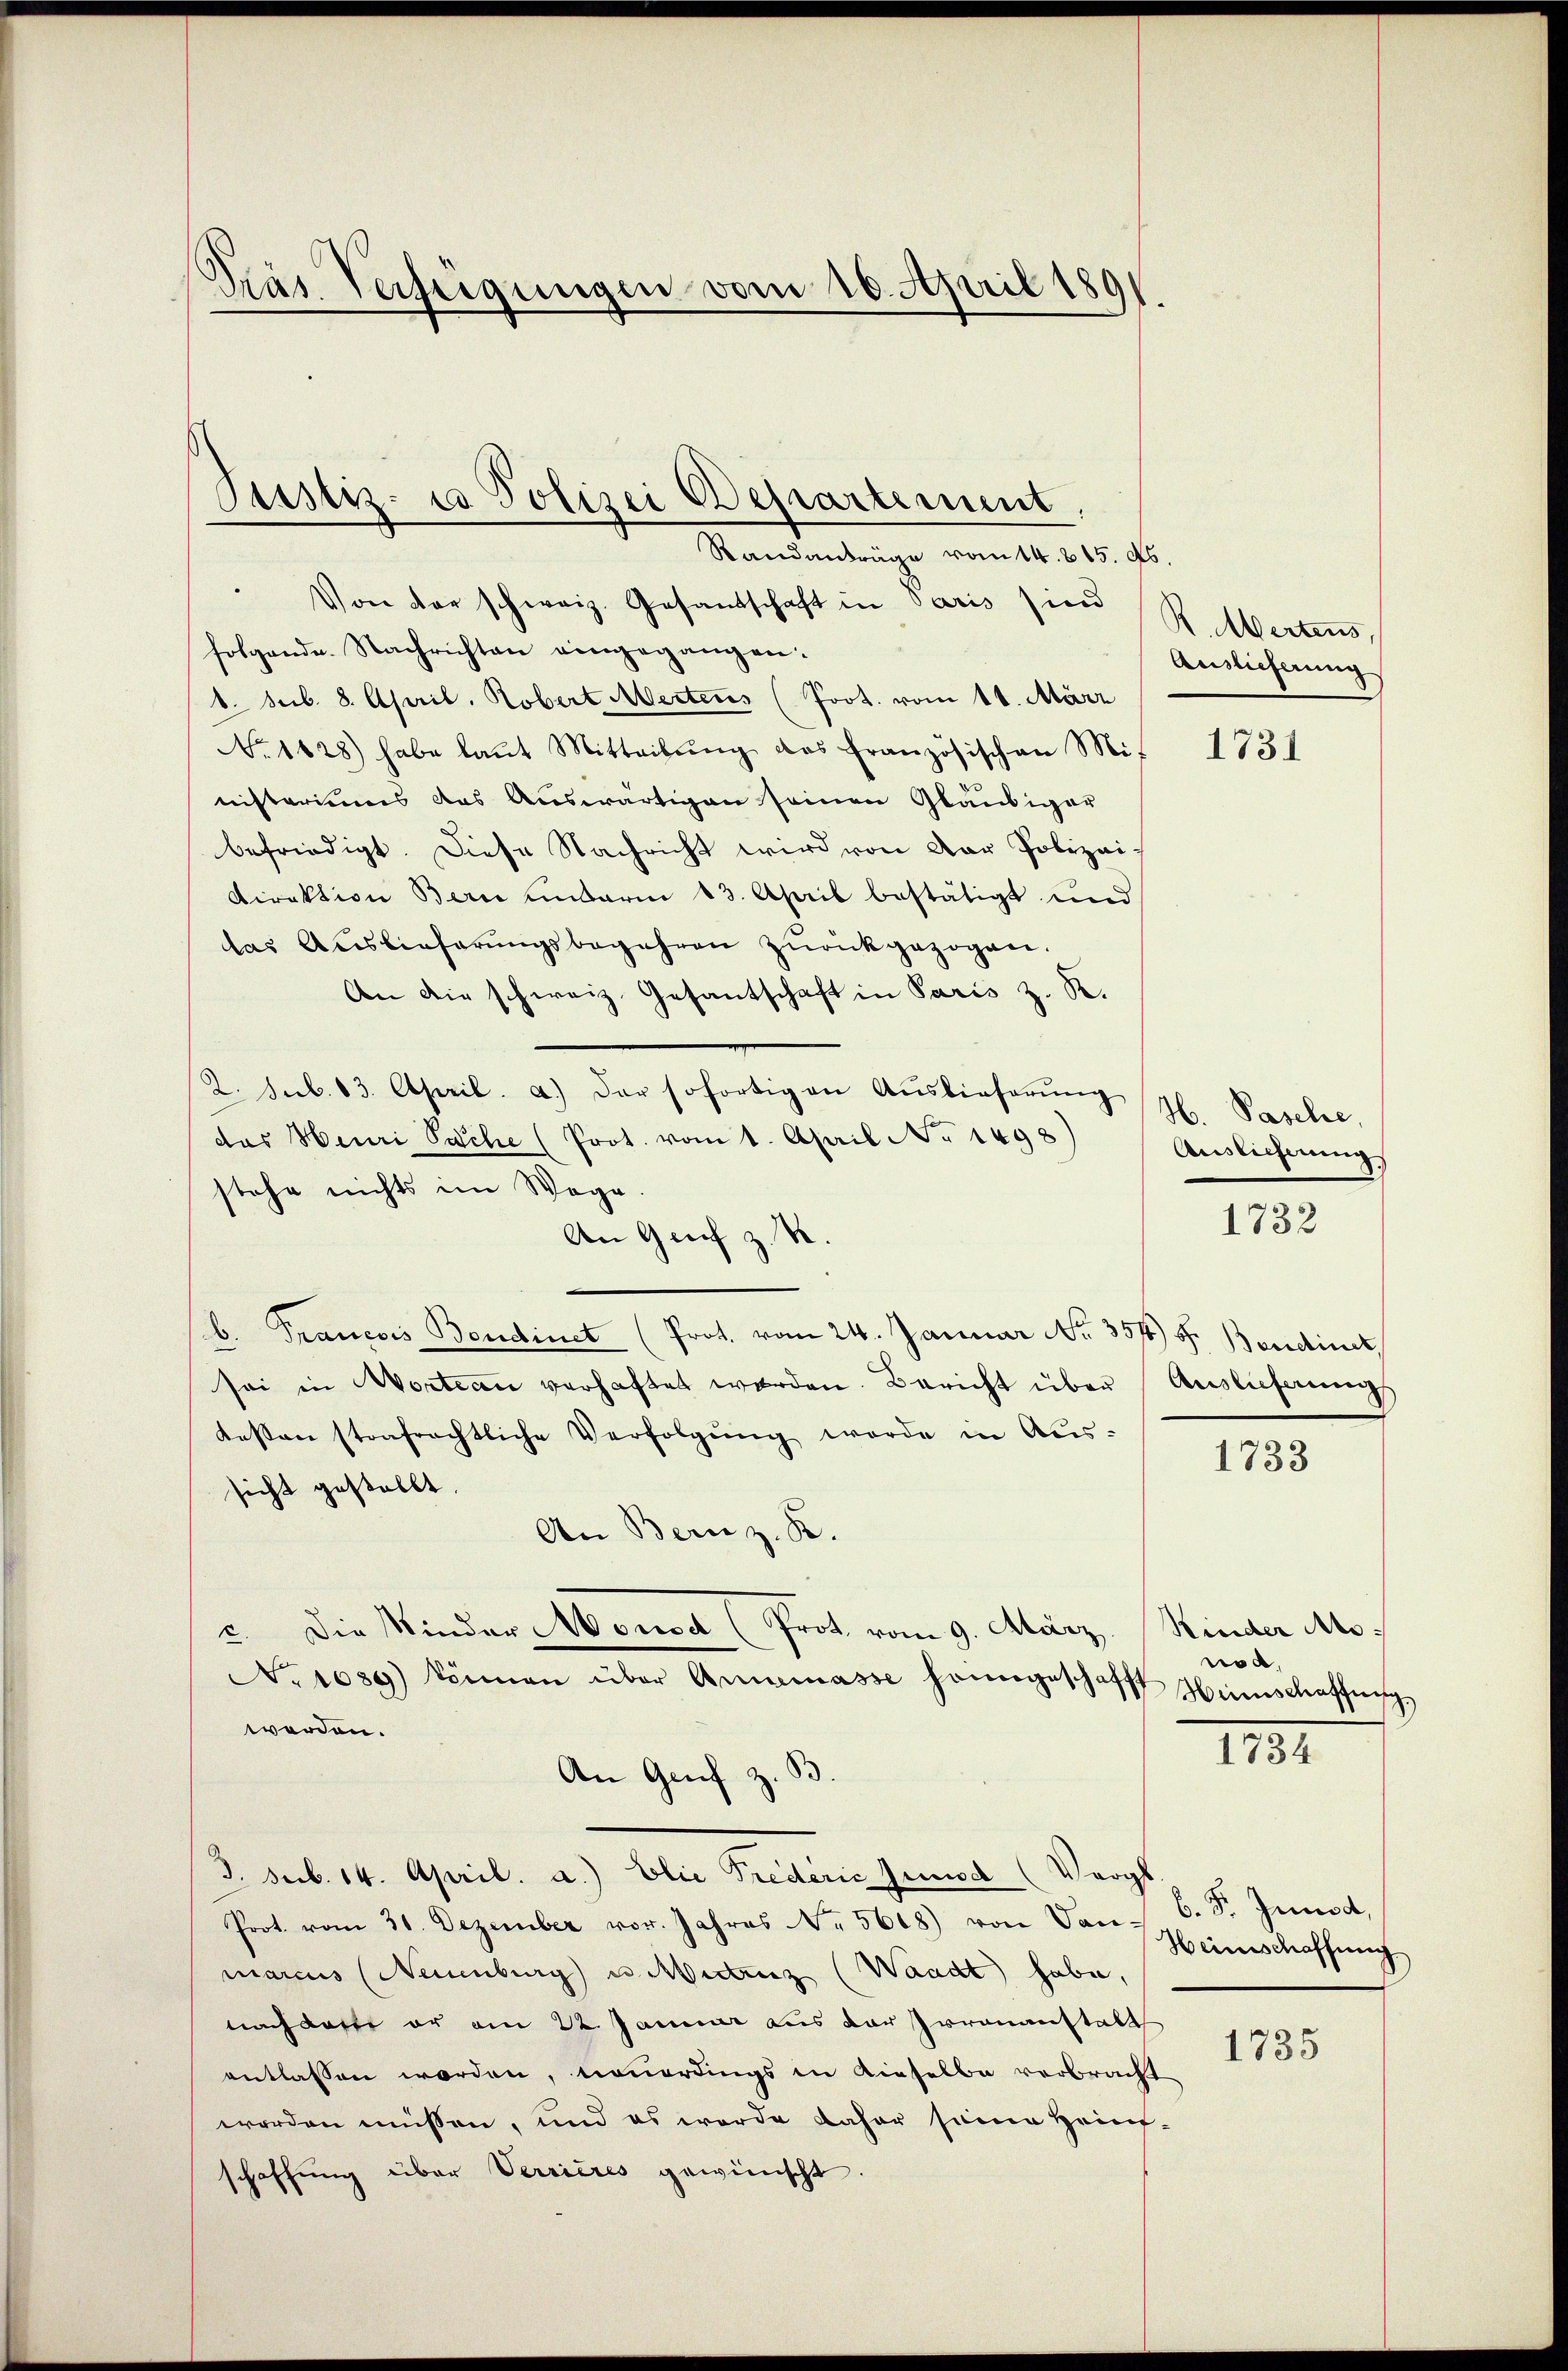
Träs Verfügungen vom 16. April 1891.

Justiz- u Polizei Departement,
Randanträge vom 14. 815. ds.

Von der schweiz. Gesandschaft in Paris sien R. Wertens,
folgende. Nachrichten eingegangen:
8. sub. 8. April. Robert Mertens (Prot. vom 11. März
No. 1628) habe laŭt Mitteilŭng des französischen Mit
nisteriums das Auswärtigen seinen Gläubiger
befriedigt. Diese Nachricht wird von der Polizei-
Direktion Bern unterm 13. April bestätigt und
das Auslieferŭngsbegehren zŭrückgezogen.
An die schweiz. Gesantschaft in Paris z. R.
2. sub. 83. April. a.) Der sofortigen Auslieferŭng H. Paselse,
das Heuri Sache (Prot. vom 1. April No 1498)
stehe nichts im Wege.
An Greif z. S
b. Francois Bendinet (Prot. vom 24. Januar No. 357) S. Bandinet,
sei in Wortean verhaftet werden. Bericht über Auslieferungs
Kosten strafrechtliche Verfolgŭng werde in Aus-
sicht gestellt.
An Bern z. B.
c. Die Minder Mousa (Prot. vom 9. März. Rinder As.
No 1089) können über Annemasse heimgeschafft Hinschaffung,
werden.
An Genf z. S
3. sub. 14. April. a.) Elie Prederić Junsd (Vergl
Prot. vom 31. Dezember vor. Jahres Nr. 5608) von Van-
marcus (Neuenburg) u. Mittenz (Waadt habe,
nach dass er am 22. Januar aus der Irrenanstalt
entlassen worden, neuerdings in Rieselbe verbracht
worden müssen, und es werde daher seine Heinschaffŭng über Verrieres gewünscht.

Auslieferung

1731

Auslieferung

1732

1733

nod,

111

b. Fr. Junod,
Heinschaffung

1735